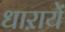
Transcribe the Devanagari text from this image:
धाऱायें